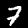
Digit: 7